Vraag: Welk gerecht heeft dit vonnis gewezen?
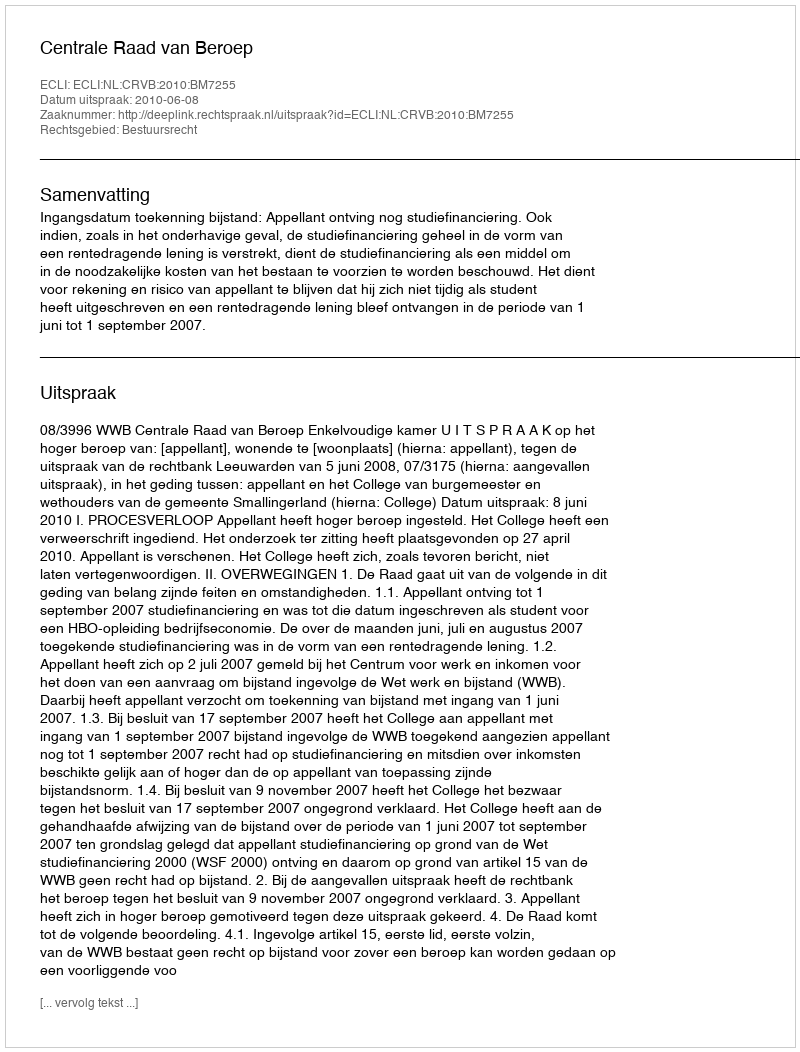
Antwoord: Centrale Raad van Beroep